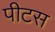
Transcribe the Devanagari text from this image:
पीटस